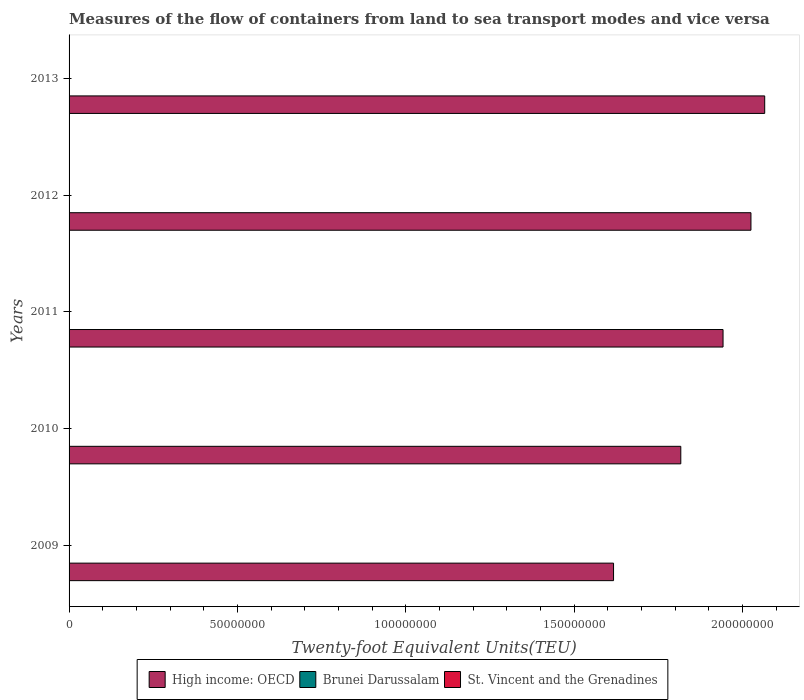
| Years | High income: OECD | Brunei Darussalam | St. Vincent and the Grenadines |
 | --- | --- | --- | --- |
 | 2009 | 1.62e+08 | 8.56e+04 | 1.62e+04 |
 | 2010 | 1.82e+08 | 9.94e+04 | 1.89e+04 |
 | 2011 | 1.94e+08 | 1.05e+05 | 1.99e+04 |
 | 2012 | 2.03e+08 | 1.13e+05 | 2.14e+04 |
 | 2013 | 2.07e+08 | 1.22e+05 | 2.31e+04 |